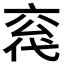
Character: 𪜣